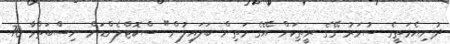
ދުނިޔެމަތީގެ ސުވަރު ގޭގެ ރީތިކަން އޭގެ މަތިން ބަލައިލުން" ސްކޮޓްލެންޑަށް ނިސްބަތްވާ 70